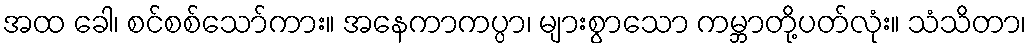
အထ ခေါ၊ စင်စစ်သော်ကား။ အနေကာကပ္ပာ၊ များစွာသော ကမ္ဘာတို့ပတ်လုံး။ သံသိတာ၊